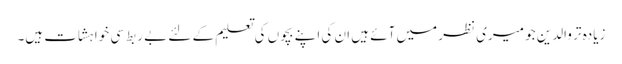
زیادہ تر والدین جو میری نظر میں آئے ہیں ان کی اپنے بچوں کی تعلیم کے لئے بے ربط سی خواہشات ہیں۔